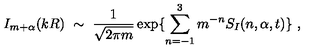
I _ { m + \alpha } ( k R ) \ \sim \ \frac { 1 } { \sqrt { 2 \pi m } } \exp \{ \sum _ { n = - 1 } ^ { 3 } m ^ { - n } S _ { I } ( n , \alpha , t ) \} \ ,